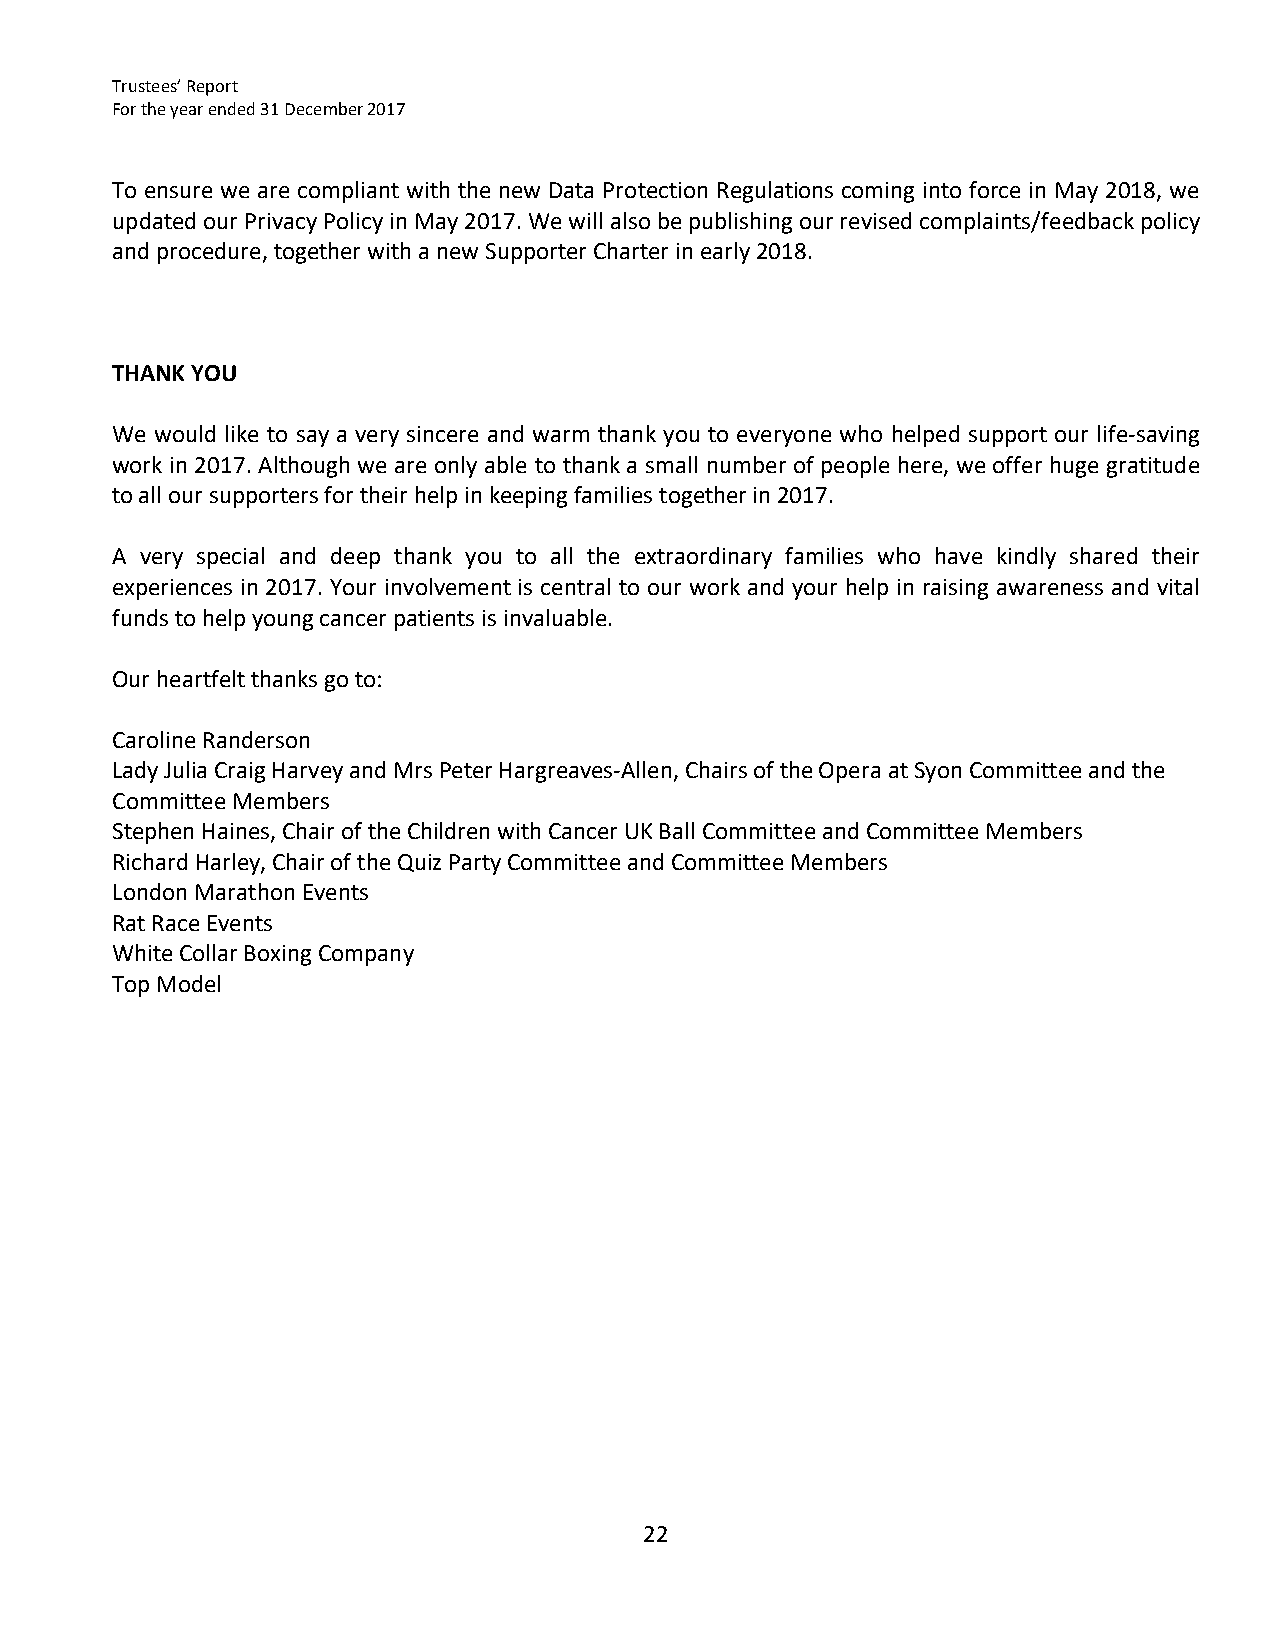
Trustees’ Report
 For the year ended 31 December 2017
 To ensure we are compliant with the new Data Protection Regulations coming into force in May 2018, we
 updated our Privacy Policy in May 2017. We will also be publishing our revised complaints/feedback policy
 and procedure, together with a new Supporter Charter in early 2018.
 THANK YOU
 We would like to say a very sincere and warm thank you to everyone who helped support our life‐saving
 work in 2017. Although we are only able to thank a small number of people here, we offer huge gratitude
 to all our supporters for their help in keeping families together in 2017.
 A very special and deep thank you to all the extraordinary families who have kindly shared their
 experiences in 2017. Your involvement is central to our work and your help in raising awareness and vital
 funds to help young cancer patients is invaluable.
 Our heartfelt thanks go to:
 Caroline Randerson
 Lady Julia Craig Harvey and Mrs Peter Hargreaves‐Allen, Chairs of the Opera at Syon Committee and the
 Committee Members
 Stephen Haines, Chair of the Children with Cancer UK Ball Committee and Committee Members
 Richard Harley, Chair of the Quiz Party Committee and Committee Members
 London Marathon Events
 Rat Race Events
 White Collar Boxing Company
 Top Model
 22